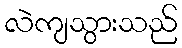
လဲကျသွားသည်